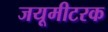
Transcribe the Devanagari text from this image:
जयूमीटरक